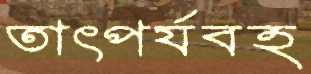
তাৎপর্যবহ